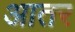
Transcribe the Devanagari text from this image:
आतर